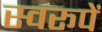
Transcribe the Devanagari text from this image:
स्वरूपें